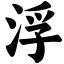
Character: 浮